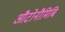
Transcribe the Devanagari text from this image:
औटोनौमिबि